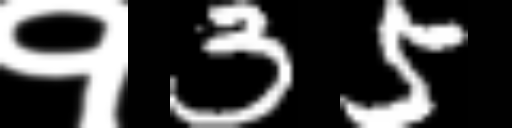
Text: १35